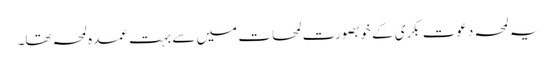
یہ لمحہ دعوت بکری کے خوبصورت لمحات میں سے بہت عمدہ لمحہ تھا۔